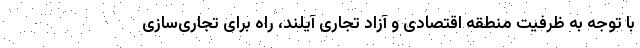
با توجه به ظرفیت منطقه اقتصادی و آزاد تجاری آیلند، راه برای تجاری‌سازی